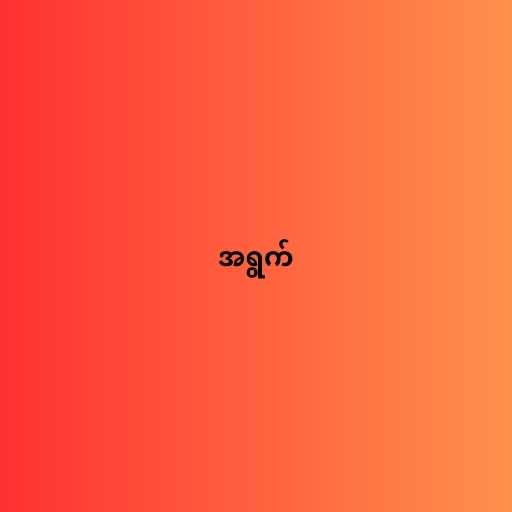
အရွက်